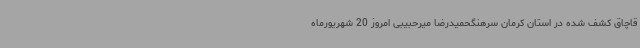
قاچاق کشف شده در استان کرمان سرهنگحمیدرضا میرحبیبی امروز 20 شهریورماه